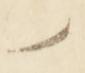
御